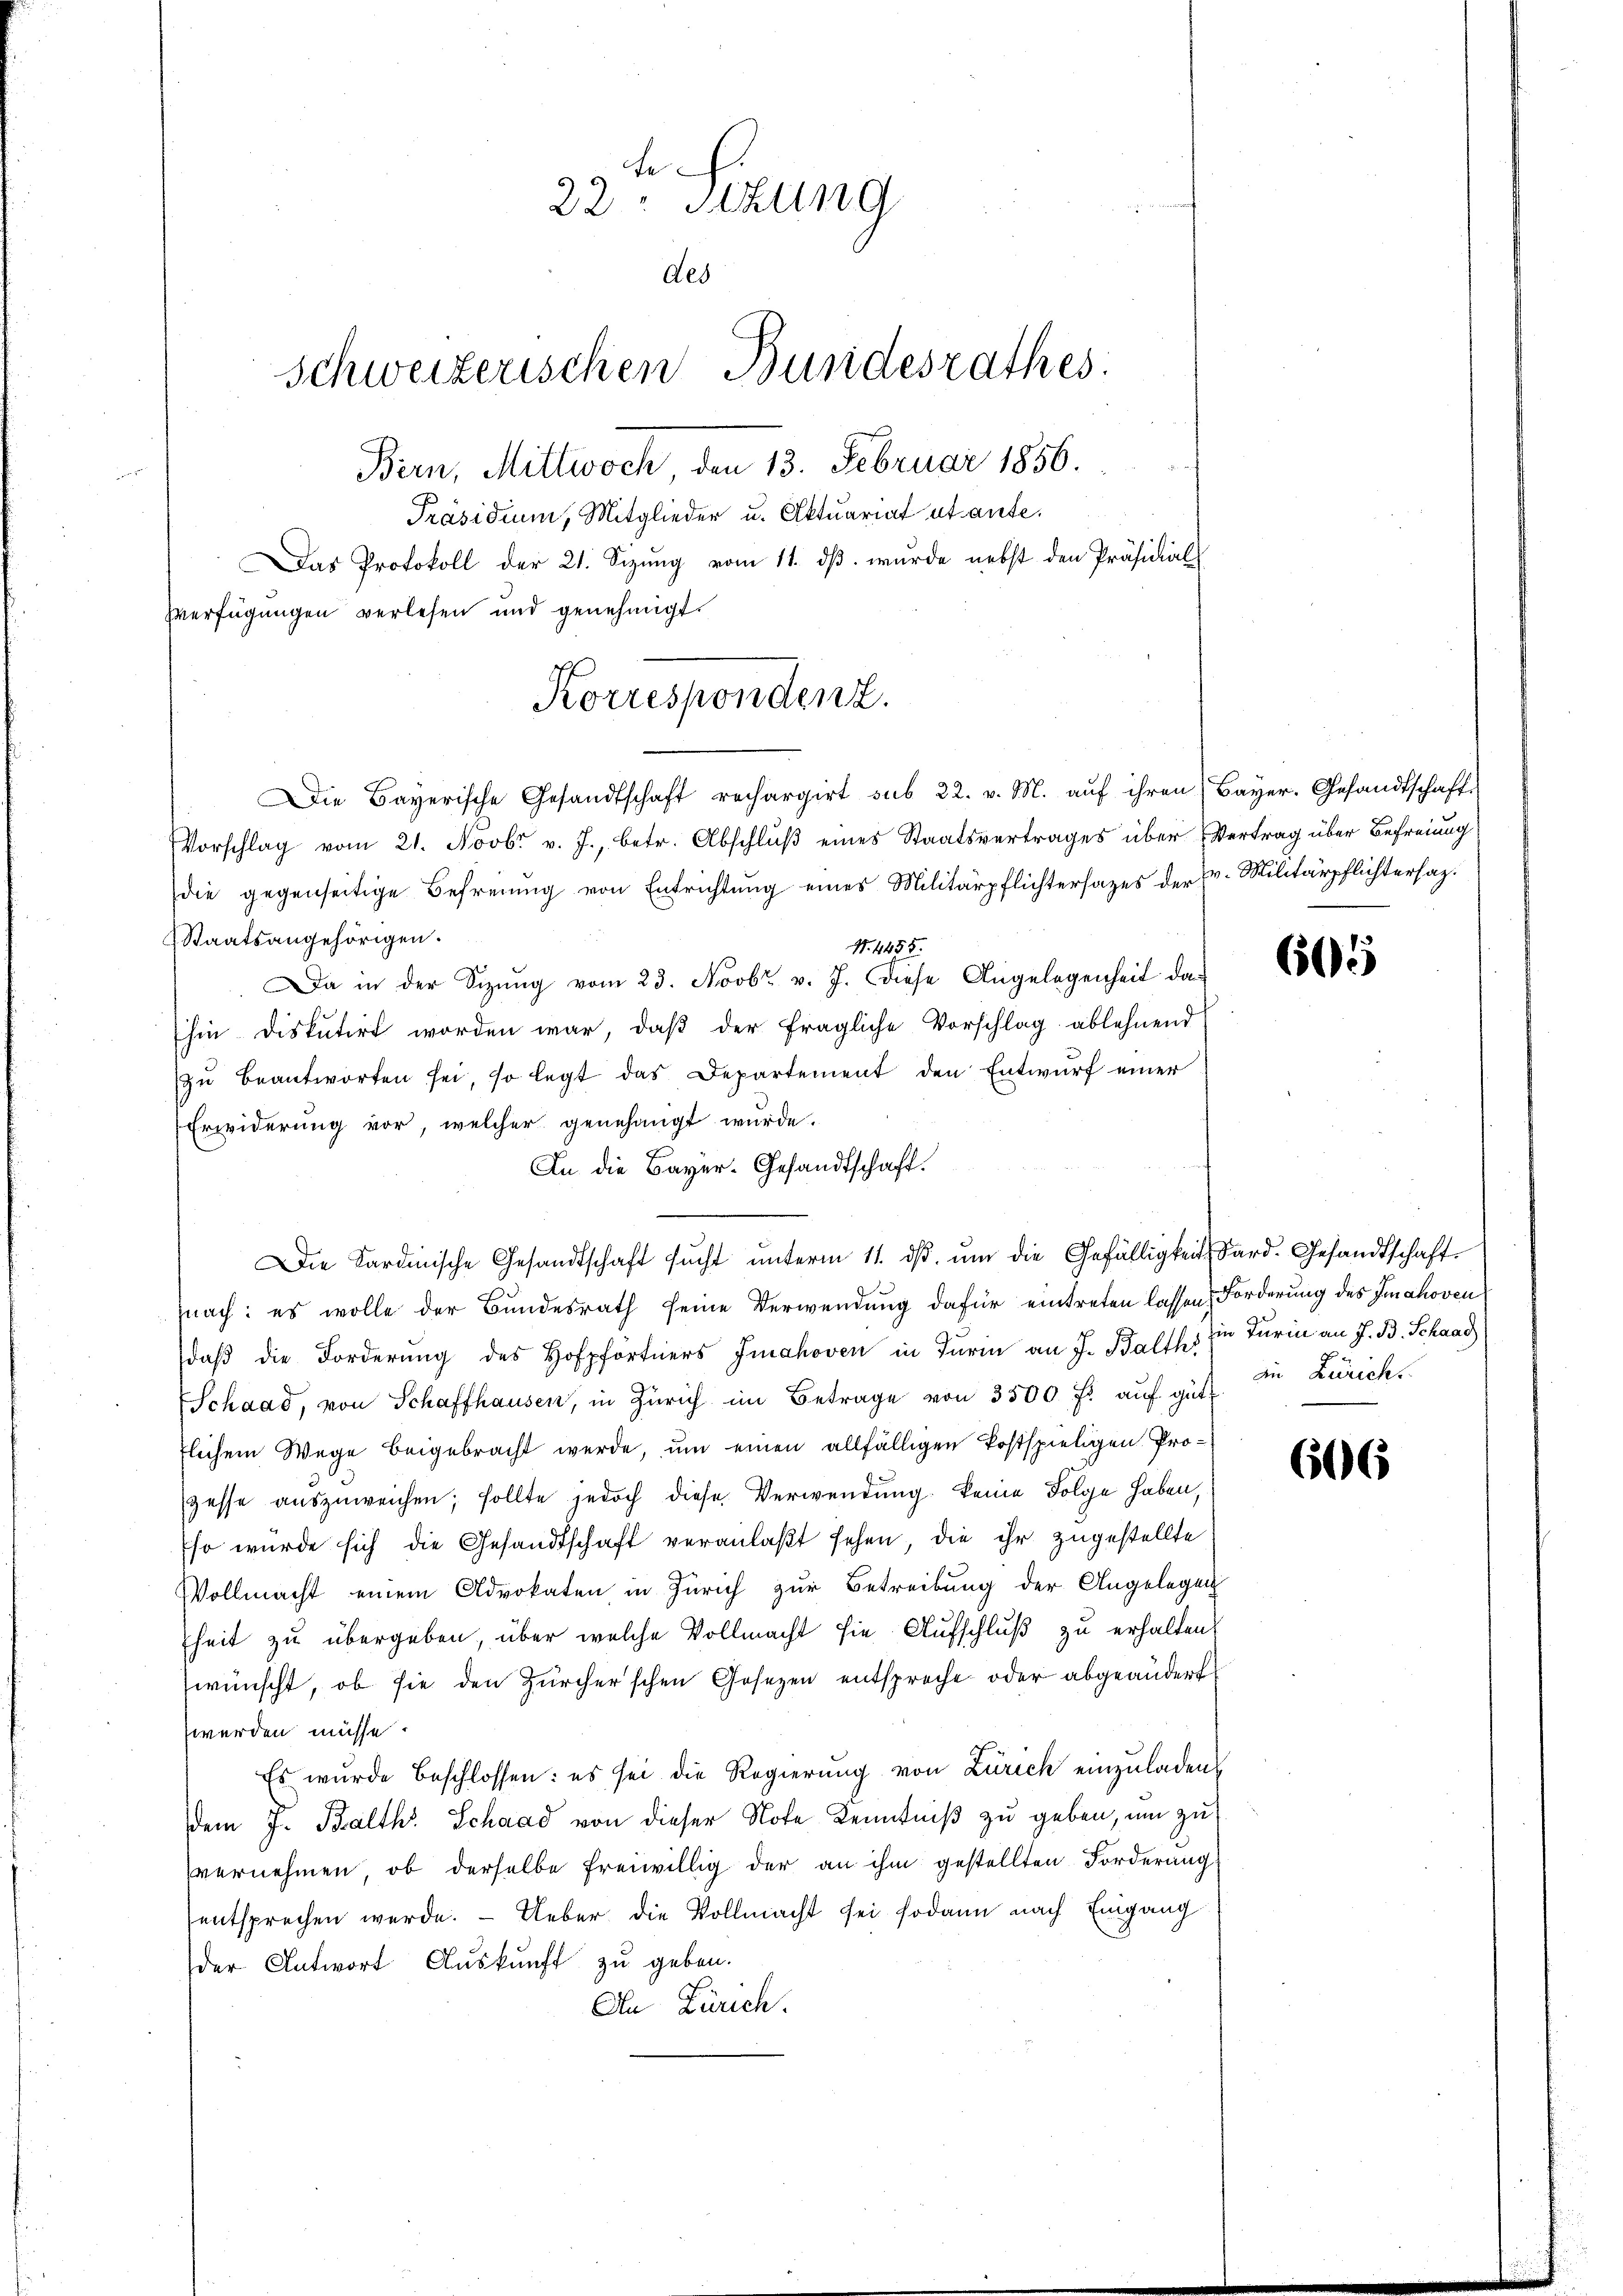
.
22. Sekung
des
schweizerischen Bundesrathes:
Bern, Mittwoch den 13. Februar 1856.
Präsidium, Mitglieder u. Aktuariat et aute.
Das Protokoll der 21. Sizŭng vom 11. dβ. wurde nebst den Präsidial
Zverfügungen verlesen und genehmigt.
Korrespondenz.

Die Bayerische Gesandtschaft rechargirt sub 22. v. M. aŭf ihren Bayer. Gesandtschafte

Vorschlag vom 21. Novbr v. J., betr. Abschluß eines Staatsvertrages über Vertrag über Befreiung
die gegenseitige Befreiung von Entrichtung eines Militärpflichtersages der E. Militärpflichtersag
Staatsangehörigen.
N. 4455.
Da in der Sitzung vom 23. Novbr. v. J. diese Angelegenheit das
hin diskutirt worden war, daß der fragliche Vorschlag ablehnend
zŭ beantworten sei, so legt das Departement den Entwurf einer
Erwiderung vor, welcher genehmigt wurde.
In die Bayer-Gesandtschaft.
Die Sardinische Gesandtschaft sŭcht ŭnterm 11. dβ ŭm die Gefälligkeit Sard. Gesandtschaft
nach: es wolle der Bundesrath seine Verwendung dafür eintreten lassen, Forderung des Imahoven
daß die Forderung des Hofpfortners Grahoven in Turin an J. Balth. Ein Turin an J. B. Schaad
Schaad, von Schaffhausen, in Zürich im Betrage von 3500 fl. auf gütflichem Wege beigebracht werde, um einen allfälligen Postspieligen Progesse aŭszŭweichen; sollte jedoch diese Verwendung keine Folge haben,
so wurde sich die Gesandtschaft veranlaßt sehen, die ihr zugestellte
Vollmacht einem Advokaten in Zürich zur Betreibung der Angelegen
heit zu übergeben, über welche Vollmacht sie Aufschluß zu erhalten.
wünscht, ob sie den Zürcherschen Gesezen entsproche oder abgeändert
werden müsse.
Es wurde beschlossen: es sei die Regierung von Zürich einzuladen
dem J. Balth. Schaad von dieser Note Kenntniß zu geben, um zu
vernehmen, ob derselbe freiwillig der an ihm gestellten Forderung
entsprechen werde.  Ueber die Vollmacht sei sodann nach Eingang
der Antwort Auskunft zu geben.
An Zürich.

605

in Zürich.

666